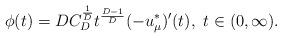
LaTeX: \begin{align*}\phi(t) = D C_D^\frac1{D} t^{\frac{D - 1}{D}} (-u_\mu^*)'(t),\ t\in(0, \infty).\end{align*}